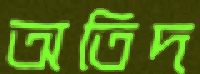
অতিদ